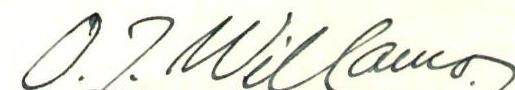
O. J. Willamo